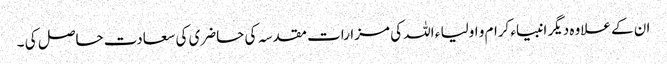
ان کے علاوہ دیگر انبیاء کرام و اولیا ء اللہ کی مزارات مقدسہ کی حاضری کی سعادت حاصل کی ۔